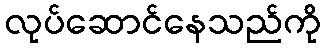
လုပ်ဆောင်နေသည်ကို